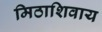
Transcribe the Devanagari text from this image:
मिठाशिवाय